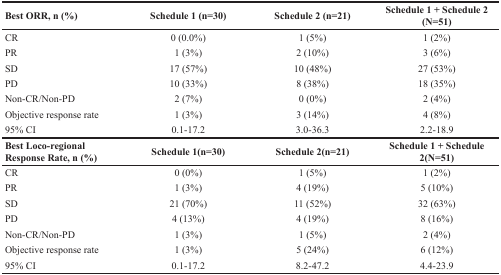
| Best ORR, n (%) | Schedule 1 (n=30) | Schedule 2 (n=21) | Schedule 1 + Schedule 2 (N=51) |
 | --- | --- | --- | --- |
 | CR | 0 (0.0%) | 1 (5%) | 1 (2%) |
 | PR | 1 (3%) | 2 (10%) | 3 (6%) |
 | SD | 17 (57%) | 10 (48%) | 27 (53%) |
 | PD | 10 (33%) | 8 (38%) | 18 (35%) |
 | Non-CR/Non-PD | 2 (7%) | 0 (0%) | 2 (4%) |
 | Objective response rate | 1 (3%) | 3 (14%) | 4 (8%) |
 | 95% CI | 0.1-17.2 | 3.0-36.3 | 2.2-18.9 |
 | Best Loco-regional Response Rate, n (%) | Schedule 1(n=30) | Schedule 2(n=21) | Schedule 1 + Schedule 2(N=51) |
 | CR | 0 (0%) | 1 (5%) | 1 (2%) |
 | PR | 1 (3%) | 4 (19%) | 5 (10%) |
 | SD | 21 (70%) | 11 (52%) | 32 (63%) |
 | PD | 4 (13%) | 4 (19%) | 8 (16%) |
 | Non-CR/Non-PD | 1 (3%) | 1 (5%) | 2 (4%) |
 | Objective response rate | 1 (3%) | 5 (24%) | 6 (12%) |
 | 95% CI | 0.1-17.2 | 8.2-47.2 | 4.4-23.9 |